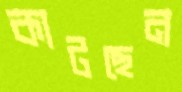
কাটছেন